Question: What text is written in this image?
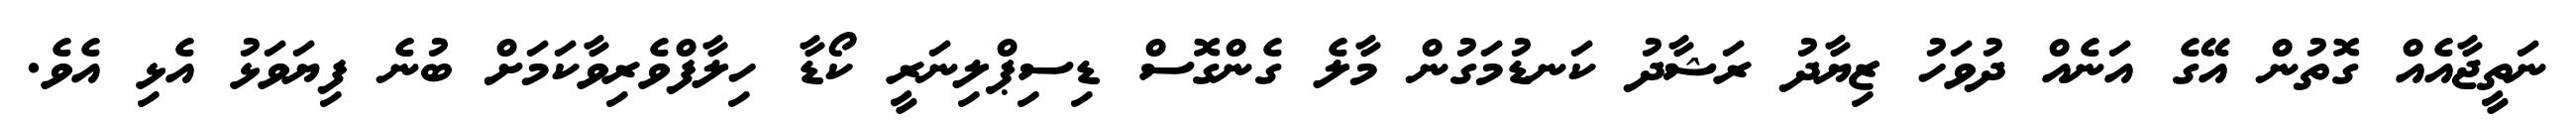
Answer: ނަތީޖާއެއް ގޮތުން އޭގެ އަނެއް ދުވަހު ޒިޔާދު ރަޝާދު ކަނޑުމަގުން މާލެ ގެންގޮސް ޑިސިޕްލިނަރީ ކޯޑާ ހިލާފްވެރިވާކަމަށް ބުނެ ފިޔަވަޅު އެޅި އެވެ.